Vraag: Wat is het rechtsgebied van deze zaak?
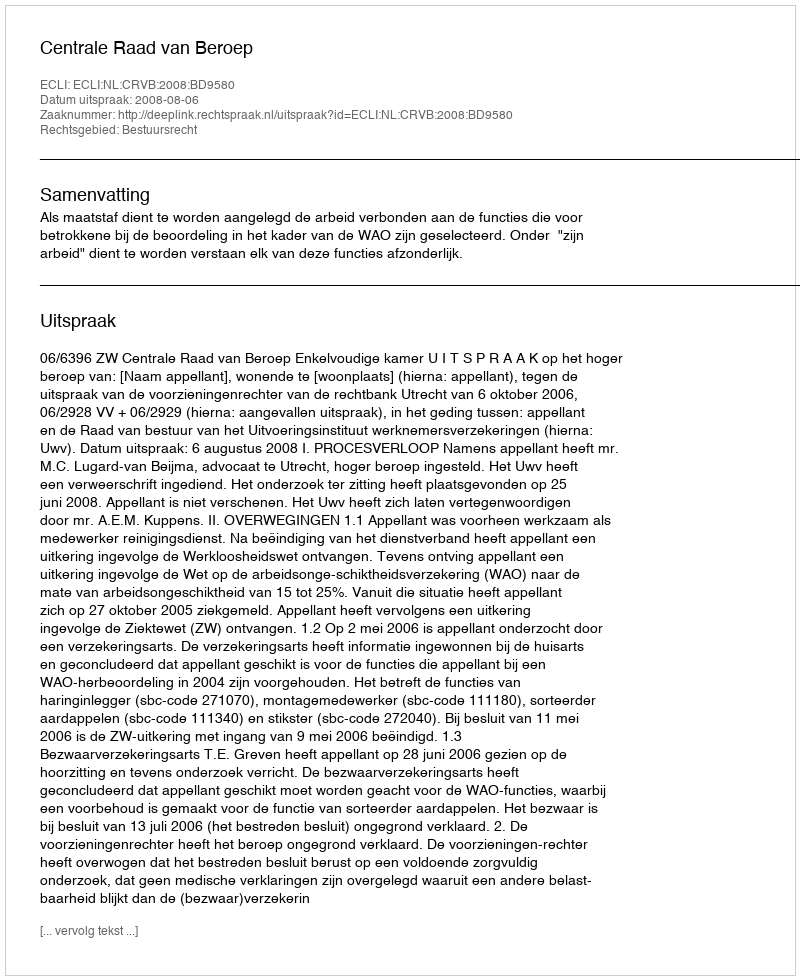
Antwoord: Bestuursrecht